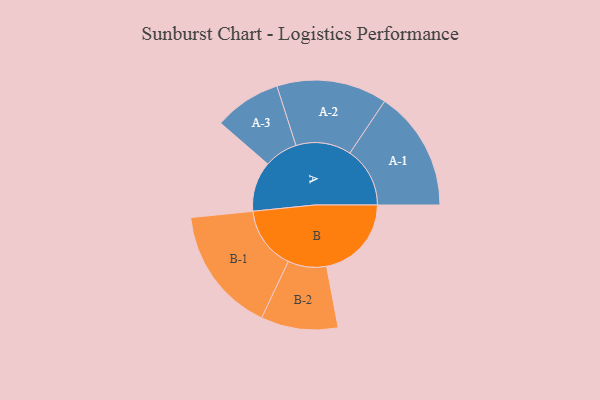
{"axis": {"x": "Segment", "y": "Value"}, "legend": ["", "A", "B"], "data": [{"x": "A", "y": 218, "type": ""}, {"x": "B", "y": 370, "type": ""}, {"x": "A-1", "y": 262, "type": "A"}, {"x": "A-2", "y": 241, "type": "A"}, {"x": "A-3", "y": 146, "type": "A"}, {"x": "B-1", "y": 275, "type": "B"}, {"x": "B-2", "y": 168, "type": "B"}]}